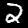
Label: 2